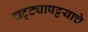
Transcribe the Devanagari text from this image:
चट्ट्यापट्टयाचे